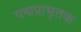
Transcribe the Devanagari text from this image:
पद्मप्राभृतक